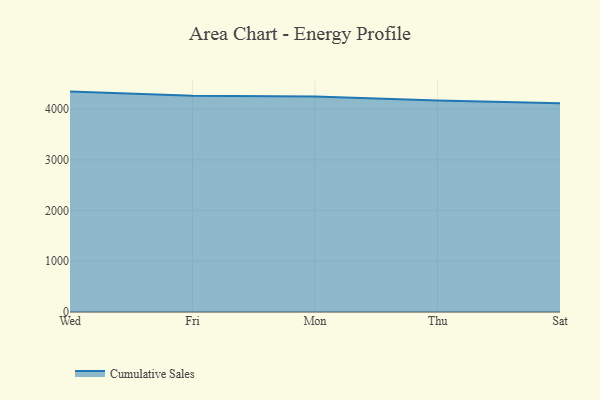
{"axis": {"x": "Day", "y": "Headcount"}, "legend": ["Cumulative Sales"], "data": [{"x": "Wed", "y": 4346.1, "type": "Cumulative Sales"}, {"x": "Fri", "y": 4265.7, "type": "Cumulative Sales"}, {"x": "Mon", "y": 4247.8, "type": "Cumulative Sales"}, {"x": "Thu", "y": 4171.3, "type": "Cumulative Sales"}, {"x": "Sat", "y": 4115.3, "type": "Cumulative Sales"}]}